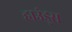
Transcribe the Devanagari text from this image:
हाउंड्स